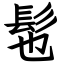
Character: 髢